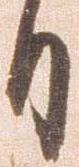
日